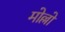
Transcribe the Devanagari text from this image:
मोल्लो